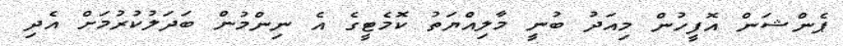
ޕެންޝަން އޮފީހުން މިއަދު ބުނީ މާލިއްޔަތު ކޮމެޓީގެ އެ ނިންމުން ބަދަލުކުރުމަށް އެދި